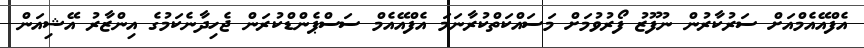
އެފްއޭއެމްއަށް ސަރުކާރުން ނުފޫޒު ފޯރުވުމަށް މަސައްކަތްކުރާނަމަ އެފްއޭއެމް ސަސްޕެންޑްކުރަން ޖެހިދާނެކަމުގެ އިންޒާރު އޭޝިއަން